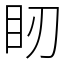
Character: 䀔